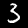
Label: 3